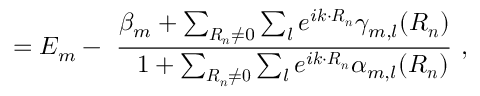
= E _ { m } - \ { \frac { \beta _ { m } + \sum _ { { \boldsymbol { R _ { n } } } \neq 0 } \sum _ { l } e ^ { i { \boldsymbol { k } } \cdot { \boldsymbol { R _ { n } } } } \gamma _ { m , l } ( { \boldsymbol { R _ { n } } } ) } { \ \ 1 + \sum _ { \boldsymbol { R _ { n } \neq 0 } } \sum _ { l } e ^ { i { \boldsymbol { k \cdot R _ { n } } } } \alpha _ { m , l } ( { \boldsymbol { R _ { n } } } ) } } \ ,